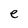
Character: e